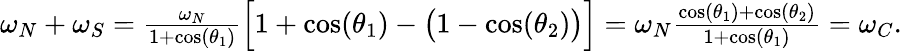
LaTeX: \begin{array}{r}{\omega_{N}+\omega_{S}=\frac{\omega_{N}}{1+\cos(\theta_{1})}\Big[1+\cos(\theta_{1})-\big(1-\cos(\theta_{2})\big)\Big]=\omega_{N}\frac{\cos(\theta_{1})+\cos(\theta_{2})}{1+\cos(\theta_{1})}=\omega_{C}.}\end{array}